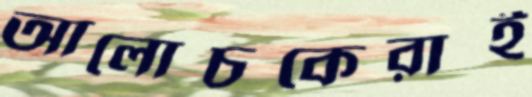
আলোচকেরাই